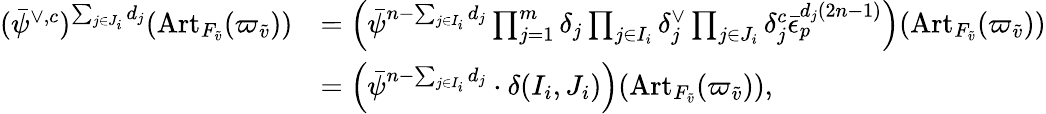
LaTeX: \begin{array}{rl}{(\bar{\psi}^{\vee,c})^{\sum_{j\in J_{i}}d_{j}}({\operatorname{Art}}_{F_{\tilde{v}}}(\varpi_{\tilde{v}}))}&{=\left(\bar{\psi}^{n-\sum_{j\in I_{i}}d_{j}}\prod_{j=1}^{m}\delta_{j}\prod_{j\in I_{i}}\delta_{j}^{\vee}\prod_{j\in J_{i}}\delta_{j}^{c}\bar{\epsilon}_{p}^{d_{j}(2n-1)}\right)({\operatorname{Art}}_{F_{\tilde{v}}}(\varpi_{\tilde{v}}))}\\ &{=\left(\bar{\psi}^{n-\sum_{j\in I_{i}}d_{j}}\cdot\delta(I_{i},J_{i})\right)({\operatorname{Art}}_{F_{\tilde{v}}}(\varpi_{\tilde{v}})),}\end{array}